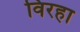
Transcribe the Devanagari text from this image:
विरहा